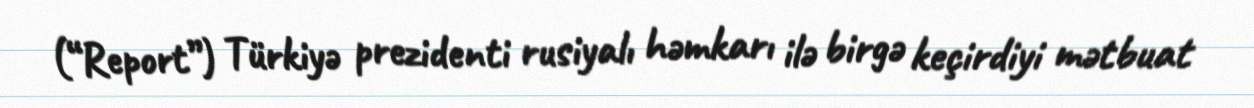
(“Report”) Türkiyə prezidenti rusiyalı həmkarı ilə birgə keçirdiyi mətbuat